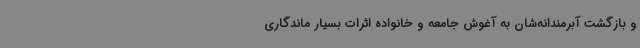
و بازگشت آبرمندانه‌شان به آغوش جامعه و خانواده اثرات بسیار ماندگاری